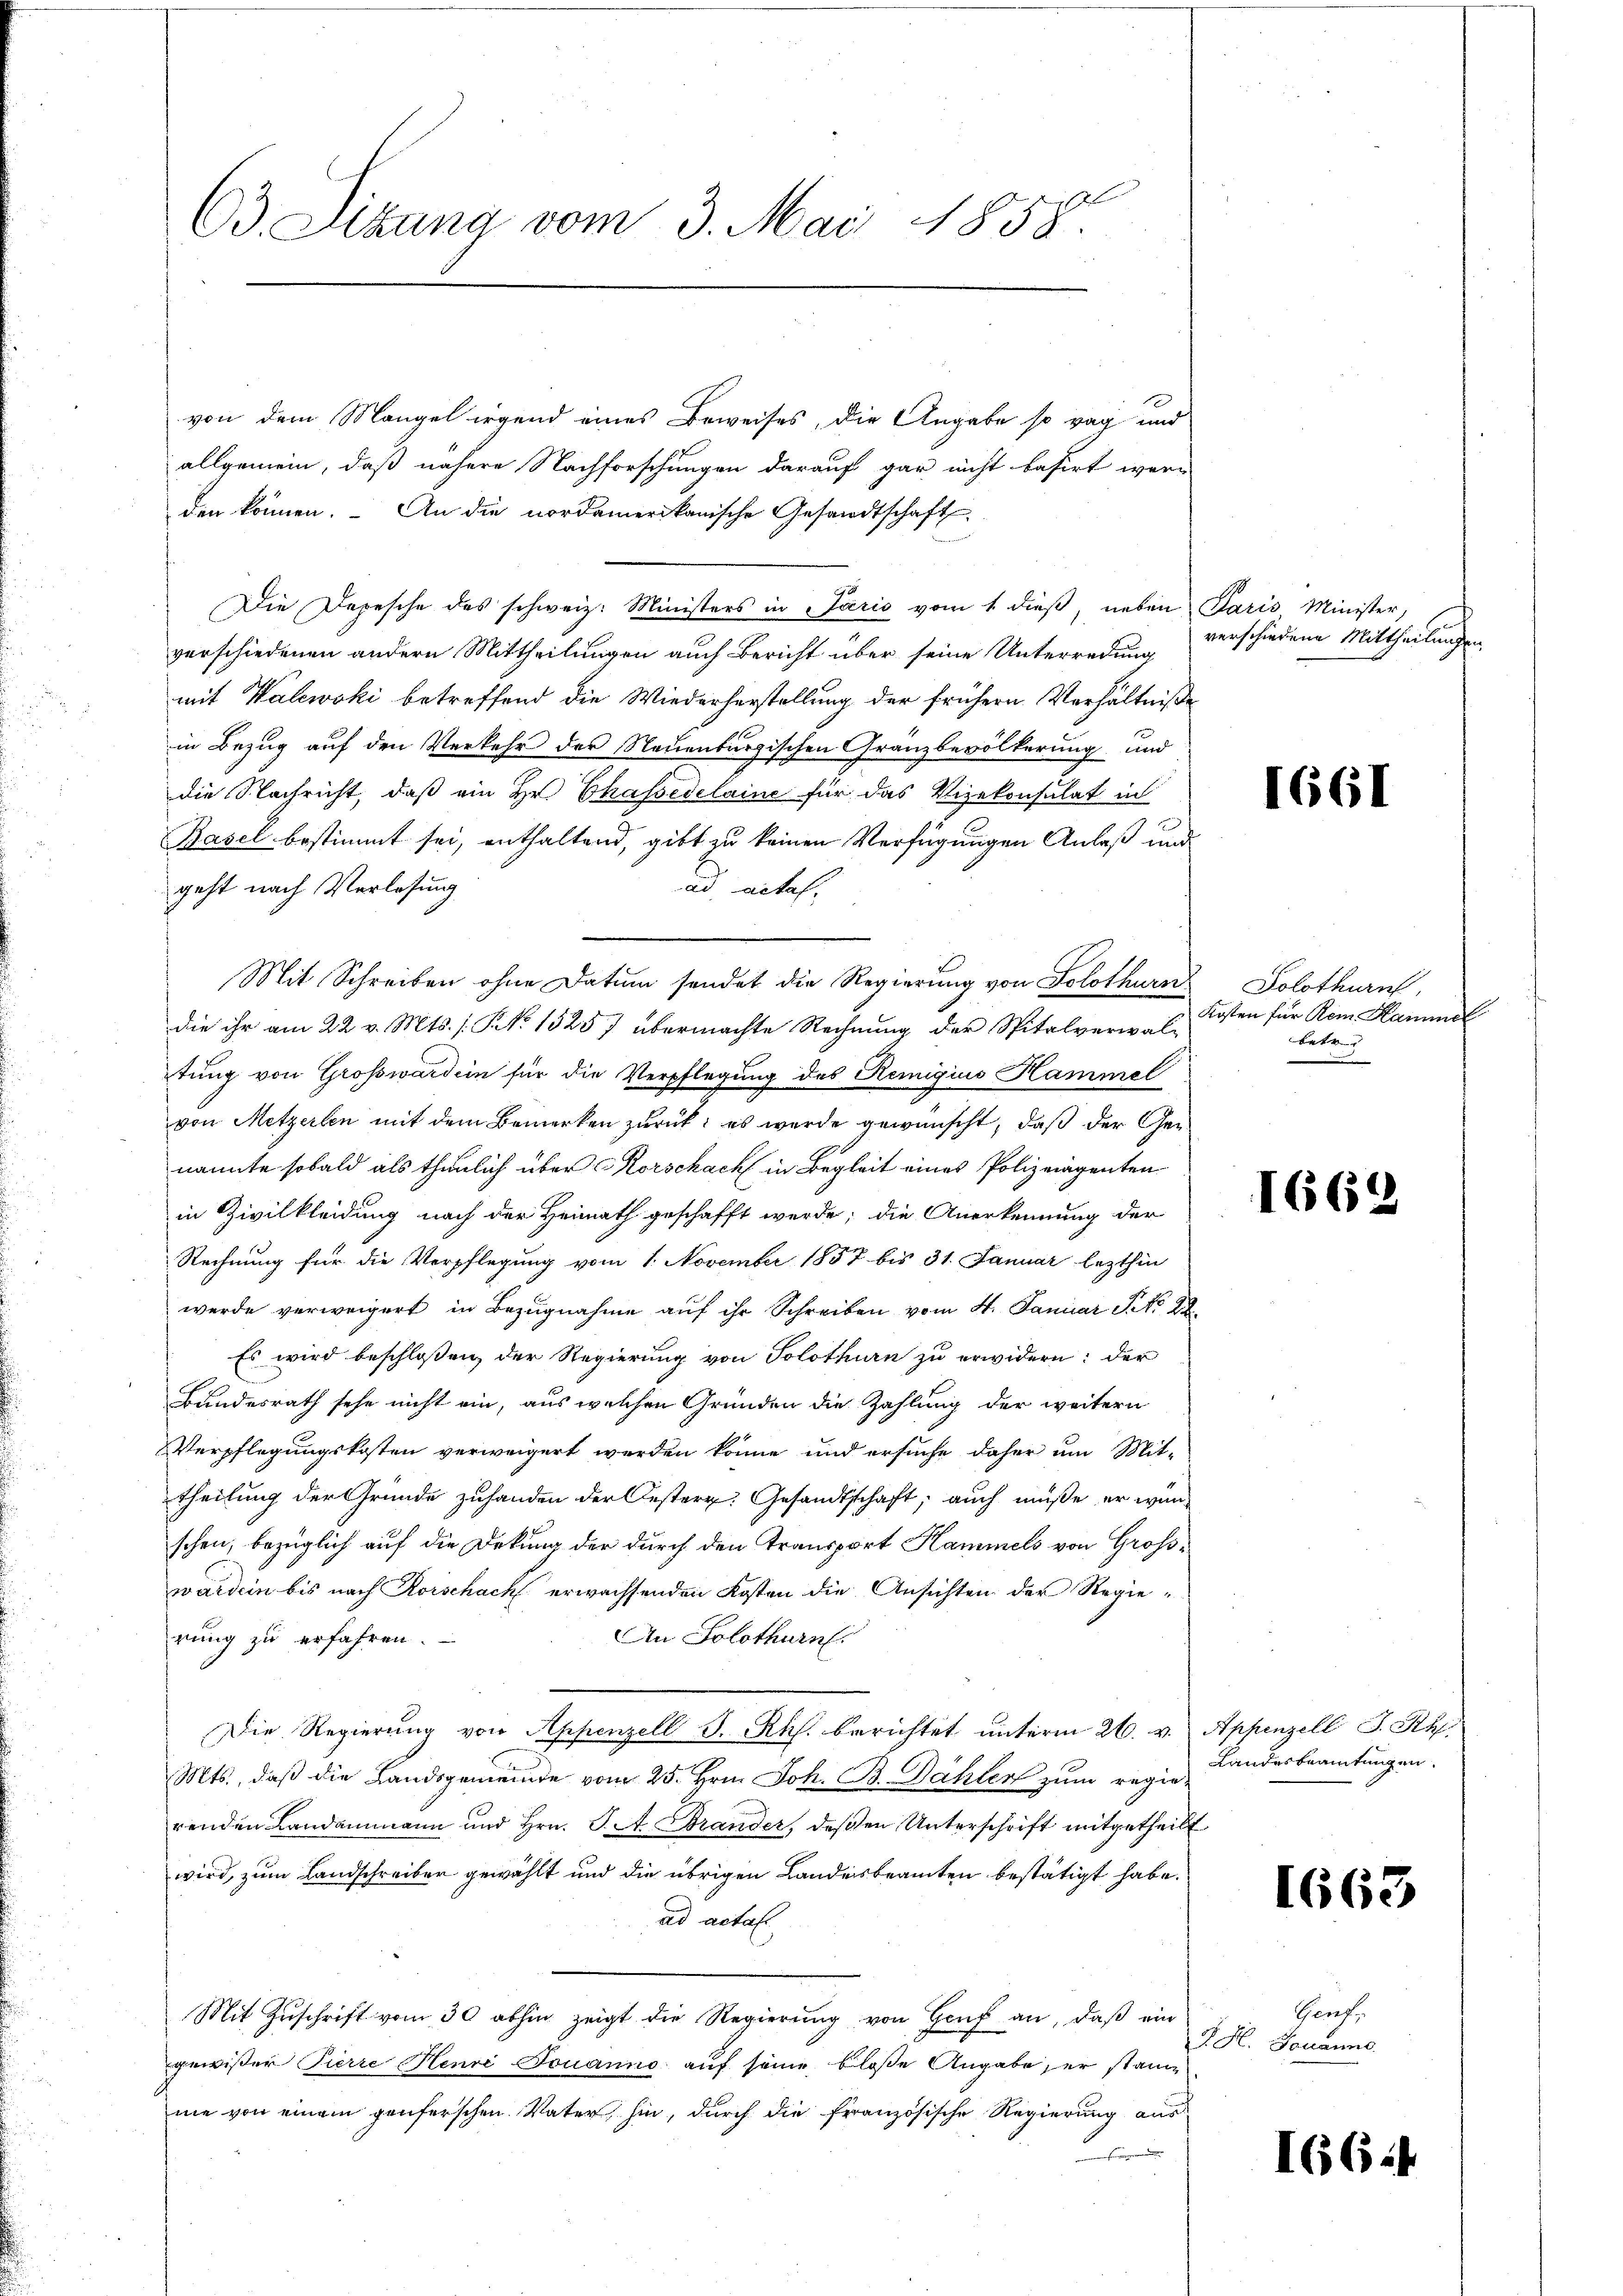
von dem Mangel irgend eines Beweises, die Angabe so rag und
allgemein, daß nähere Nachforschungen darauf gar nicht basirt werden können. An die nordamerikanische Gesandtschaft
Die Depesche des schweiz. Ministers in Paris vom 1. dieß, neben Paris, Minister,
verschiedenen andern Mittheilungen auch Bericht über seine Unterredung
mit Walewski betreffend die Wiederherstellung der frühern Verhältniße
in Bezug auf den Verkehr der Neuenburgischen Gränzbevölkerung und
die Nachricht, daß ein Hr. Chassedelaine für das Vizekonsulat in
Basel bestimmt sei, enthaltend, gibt zu keinen Verfügungen Anlaß und
geht nach Verlesung
ad actaf.
Mit Schreiben ohne Datum sendet die Regierung von Solothurn
die ihr am 22. v. Mts. (§. 1325) übermachte Rechnung der Spitalverwal-
tung von Großwardein für die Verpflegung des Remigius Hammel
von Metzerlen mit dem Bemerken zurück, es wurde gewünscht, daß der Genannte sobald als thunlich über Korschach in Begleit eines Polizeigenten
in Zivilkleidung nach der Heimath geschafft werde; die Anerkennung der
Rechnung für die Verpflegung vom 1. November 1857 bis 31. Januar lezthin
werde verweigert in Bezugnahme auf ihr Schreiben vom 4. Januar P. No 29
Es wird beschlossen der Regierung von Solothurn zu erwidern: der
Bundesrath sehe nicht ein, aus welchen Gründen die Zahlung der weitern
VVerpflegungskosten verweigert werden könne und ersuche daher um Mit-
theilung der Grunde zuhanden der Oestern. Gesandtschaft, auch müße er würschen, bezüglich auf die Dekung der durch den Transport Hammels von Großwärdern bis nach Rorschach erwachsenden Kosten die Ansichten der Regierung zu erfahren.
An Solothurn.
Die Regierŭng von Appenzell S. Rh. berichtet unterm 26. v. Appenzell S. Rh.
Mts., daß die Landsgemeinde vom 25. Hrn. Joh. B. Dähler zum regierenden Landammann und Hrn. J. A. Brander, deßen Unterschrift mitgetheilt
wird, zum Landschreiber gewählt und die übrigen Landesbeamten bestätigt habe.
ad actat
Mit Zuschrift vom 30 abhin zeigt die Regierung von Genf an, daß ein
gewißer Pierre Henri Jouanno auf seine bloße Angabe, er stande
me von einem gäuferschen Vater hin, durch die französische Regierung aus

63. Sizung vom 3. Mai 1858.

verschiedene Mittheilungen

1661

Solothurn,
Kosten für Rem Kammel
betr

1669

Landesbeamtungen.

1663

Genf,
d H. Johanne.

I66.4